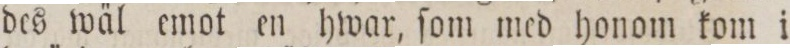
des wäl emot en hwar, ſom med honom kom i